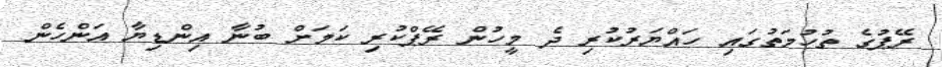
ރޭޕުގެ ތުހުމަތުގައި ހައްޔަރުކުރި ދެ މީހުން ރޭޕްކުރި ކަމަށް ބުނާ އިންޑިޔާ އަންހެން